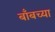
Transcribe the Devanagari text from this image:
बाँबच्या